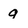
Character: g